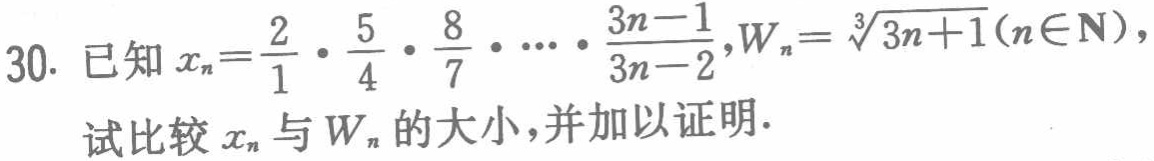
已知\(x_{n}=\frac{2}{1}\cdot\frac{5}{4}\cdot\frac{8}{7}\cdot\cdots\cdot\frac{3n - 1}{3n - 2}\)，\(W_{n}=\sqrt[3]{3n + 1}(n\in\mathbf{N})\)，
试比较\(x_{n}\)与\(W_{n}\)的大小，并加以证明.